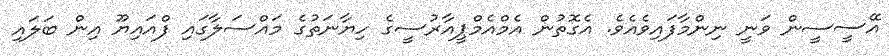
އޭސީސީން ވަނީ ނިންމާފައިވެއެވެ. އެގޮތުން އެމްއެމްޕީއާރުސީގެ ހިޔާނަތުގެ މައްސަލާގައި ފްއައިޔޫ އިން ބަލައި